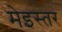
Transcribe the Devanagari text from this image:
मेइस्तर